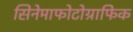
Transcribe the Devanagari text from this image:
सिनेमाफोटोग्राफिक